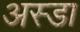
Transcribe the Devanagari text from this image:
अस्डा